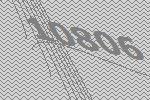
10806